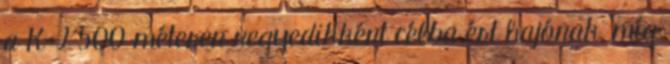
a K-2 500 méteren negyedikként célba ért hajónak, míg